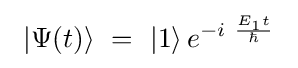
\ \left|\Psi (t)\right\rangle \ =\ \left|1\right\rangle e^{-i\ {\frac {E_{1}t}{\hbar }}}\